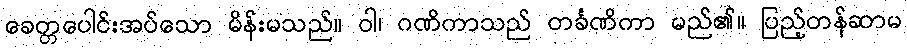
ခေတ္တပေါင်းအပ်သော မိန်းမသည်။ ဝါ၊ ဂဏိကာသည် တင်္ခဏိကာ မည်၏။ ပြည့်တန်ဆာမ